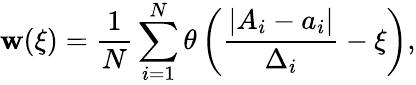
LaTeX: \mathbf{w}(\xi)=\frac{{1}}{{N}}\sum_{i=1}^{N}\theta\left(\frac{{|A_{i}-a_{i}|}}{{\Delta_{i}}}-\xi\right),